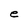
Character: e